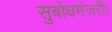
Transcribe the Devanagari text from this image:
सुबोधमंजरी।